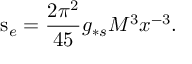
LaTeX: \mathrm { s } _ { e } = \frac { 2 \pi ^ { 2 } } { 4 5 } g _ { * s } M ^ { 3 } x ^ { - 3 } .